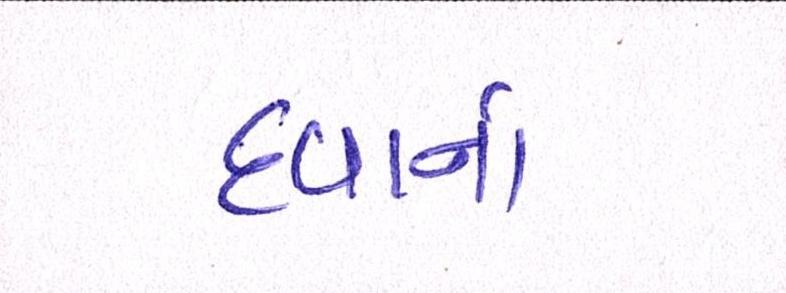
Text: દવાનાં